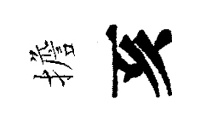
擔亥